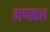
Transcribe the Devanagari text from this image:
मणक्कल